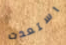
استعدت